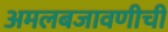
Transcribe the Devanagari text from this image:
अमलबजावणीची